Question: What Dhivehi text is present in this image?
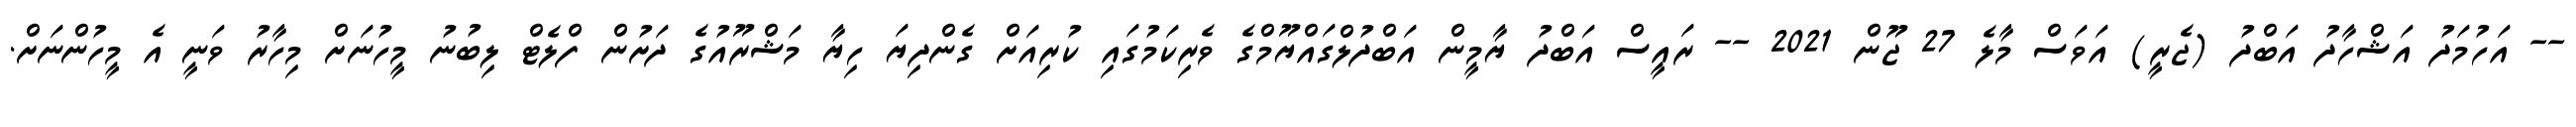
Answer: -- އަހުމަދު އަޝްހާދު އަބްދު (ޖެރީ) އަވަސް މާލެ 27 ޖޫން 2021 -- ރައީސް އަބްދު ޔާމީން އަބްދުލްގައްޔޫމްގެ ވެރިކަމުގައި ކުރިއަށް ގެންދިޔަ ހިޔާ މަޝްރޫއުގެ ދަށުން ފްލެޓް ލިބުނު މީހުނަށް މިހާރު ވަނީ އެ މީހުންނަށް.